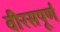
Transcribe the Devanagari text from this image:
वीरसपूर्ण